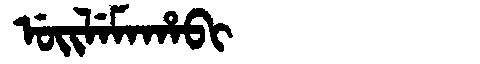
Manchu: ᡠᡳᠯᡝᠮᠠᡥᠠᠪᡳ
Romanization: UILEMAHABI